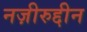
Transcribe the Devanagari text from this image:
नज़ीरुद्दीन